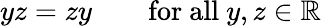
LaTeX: yz=zy\qquad{\mathrm{for~all~}}y,z\in\mathbb{R}